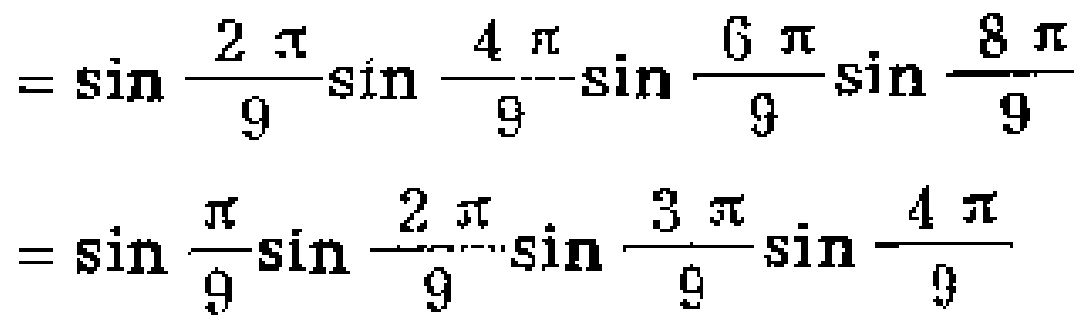
\[
=\sin\frac{2\pi}{9}\sin\frac{4\pi}{9}\sin\frac{6\pi}{9}\sin\frac{8\pi}{9}
\]
\[
=\sin\frac{\pi}{9}\sin\frac{2\pi}{9}\sin\frac{3\pi}{9}\sin\frac{4\pi}{9}
\]